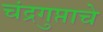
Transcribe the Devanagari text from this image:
चंद्रगुप्ताचे